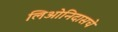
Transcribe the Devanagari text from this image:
लिओनिदासचे